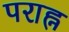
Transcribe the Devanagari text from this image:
पराह्न